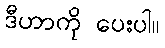
ဒီဟာကို ပေးပါ။